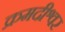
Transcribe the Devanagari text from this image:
क्रमदीश्वर